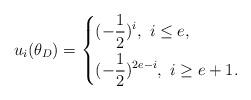
LaTeX: \begin{align*} u_i(\theta_D)= \left\{ \begin{aligned} &(-\frac{1}{2})^i,~i\leq e,\\ &(-\frac{1}{2})^{2e-i},~i\geq e+1. \end{aligned} \right.\end{align*}